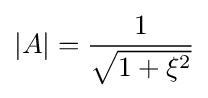
\left|A\right|={\frac {1}{\sqrt {1+\xi ^{2}}}}